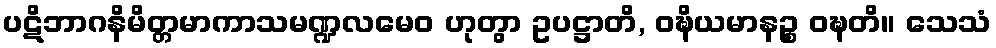
ပဋိဘာဂနိမိတ္တမာကာသမဏ္ဍလမေဝ ဟုတွာ ဥပဋ္ဌာတိ, ဝဍ္ဎိယမာနဉ္စ ဝဍ္ဎတိ။ သေသံ